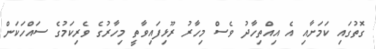
ގޮތުގައި ކަމަށާއި އެ އިއްތިހާދު ވެސް މިހާރު ރޫޅިފައިވާތީ މިހާރުގެ ވެރިކަމުގެ ސައްހަކަން